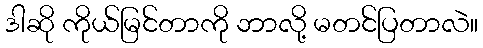
ဒါဆို ကိုယ်မြင်တာကို ဘာလို့ မတင်ပြတာလဲ။